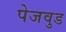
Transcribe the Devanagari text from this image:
पेजवुड